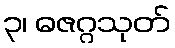
၃၊ ဓဇဂ္ဂသုတ်